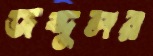
জব্দুলর